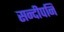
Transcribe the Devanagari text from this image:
सन्‍दीपनि